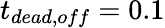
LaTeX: t_{dead,off}=0.1